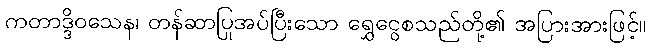
ကတာဒ္ဒိဝသေန၊ တန်ဆာပြုအပ်ပြီးသော ရွှေငွေစသည်တို့၏ အပြားအားဖြင့်။